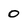
Character: 0